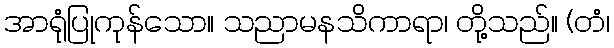
အာရုံပြုကုန်သော။ သညာမနသိကာရာ၊ တို့သည်။ (တံ၊